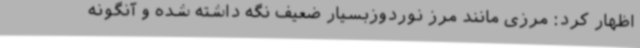
اظهار کرد: مرزی مانند مرز نوردوزبسیار ضعیف نگه داشته شده و آنگونه